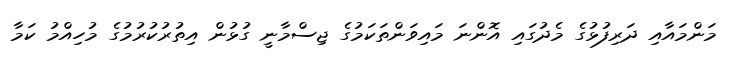
މަންމައާއި ދަރިފުޅުގެ މެދުގައި އޮންނަ މައިވަންތަކަމުގެ ޖިސްމާނީ ގުޅުން އިތުރުކުރުމުގެ މުހިއްމު ކަމާ